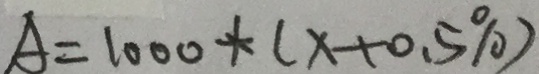
A = 1 0 0 0 + ( x + 0 . 5 \% )